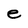
Character: e